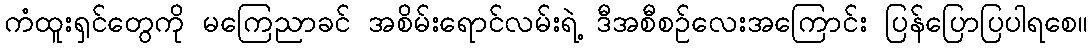
ကံထူးရှင်တွေကို မကြေညာခင် အစိမ်းရောင်လမ်းရဲ့ ဒီအစီစဉ်လေးအကြောင်း ပြန်ပြောပြပါရစေ။